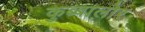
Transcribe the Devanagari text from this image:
कुब्बालोर